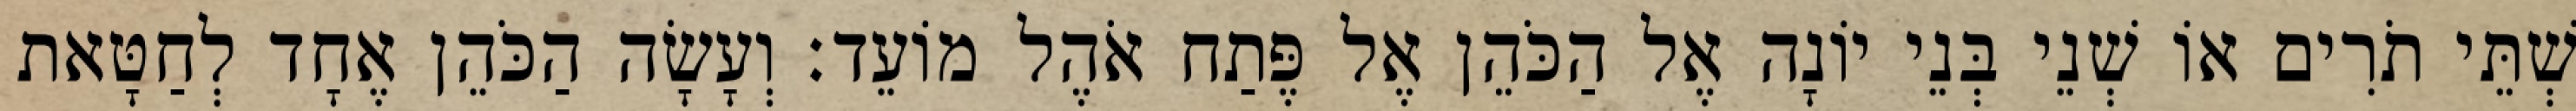
שְׁתֵּי תֹרִים אוֹ שְׁנֵי בְּנֵי יוֹנָה אֶל הַכֹּהֵן אֶל פֶּתַח אֹהֶל מוֹעֵד׃ וְעָשָׂה הַכֹּהֵן אֶחָד לְחַטָּאת